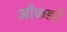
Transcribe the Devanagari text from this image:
आँकङों